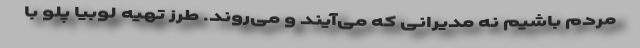
مردم باشیم نه مدیرانی که می‌‌آیند و می‌روند. طرز تهیه لوبیا پلو با